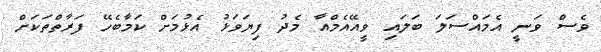
ވެސް ވަނީ އެމައްސަލަ ބަލައި ވީއޭއެމްއާ މެދު ފިޔަވަޅު އެޅުމަށް ކަމާބެހޭ ފަރާތްތަކަށް